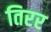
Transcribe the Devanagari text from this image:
तिरर